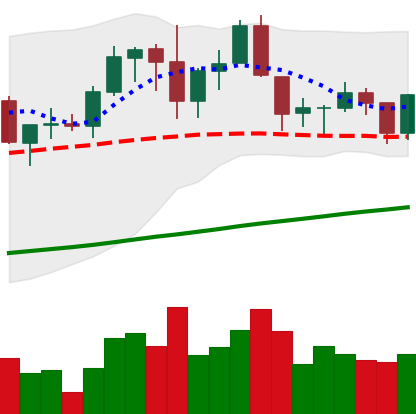
Ticker: ADA-USD
Chart end date: 2019-06-10
Forward return: 7.185%
Label: up_7plus